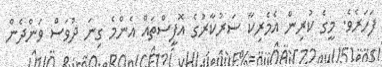
ފަހަރެވެ. މީގެ ކުރިން އެމެރިކާ ސަރުކާރުގެ އޮފީސްތައް އެންމެ ގިނަ ދުވަސް ވަންދެން